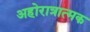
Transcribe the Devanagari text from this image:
अहोरात्रात्मक